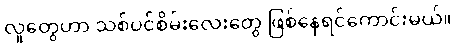
လူတွေဟာ သစ်ပင်စိမ်းလေးတွေ ဖြစ်နေရင်ကောင်းမယ်။